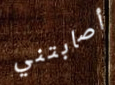
أصابتني